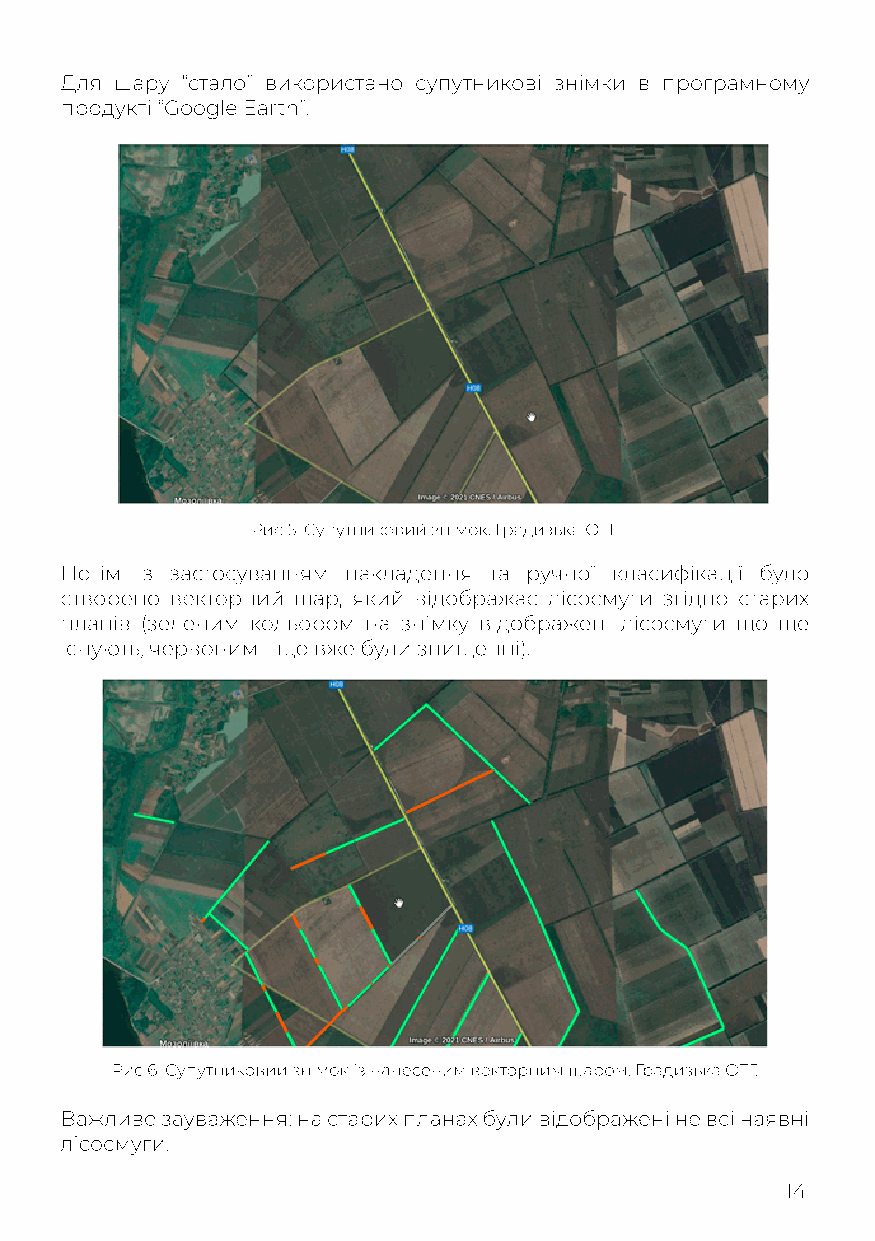
Для шару “стало” використано супутникові знімки в програмному
 продукті “Google Earth”.
 Рис 5. Супутниковий знімок. Градизька ОТГ.
 Потім із застосуванням накладення та ручної класифікації було
 створено векторний шар, який відображає лісосмуги згідно старих
 планів (зеленим кольором на знімку відображені лісосмуги що ще
 існують, червоним - що вже були знищенні).
 РРис 6. Супутниковий знімок із нанесеним векторним шаром. Градизька ОТГ.
 Важливе зауваження: на старих планах були відображені не всі наявні
 лісосмуги.
 14